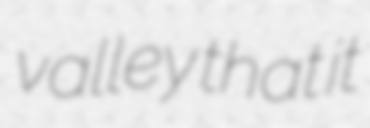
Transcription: valley that it